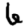
Digit: 6